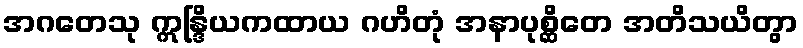
အဂတေသု ဣန္ဒြိယကထာယ ဂဟိတုံ အနာပုစ္ဆိတေ အတိသယိတွာ